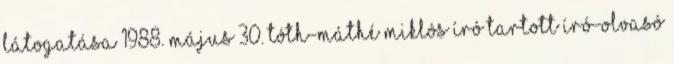
látogatása 1988. május 30. Tóth-Máthé Miklós író tartott író-olvasó